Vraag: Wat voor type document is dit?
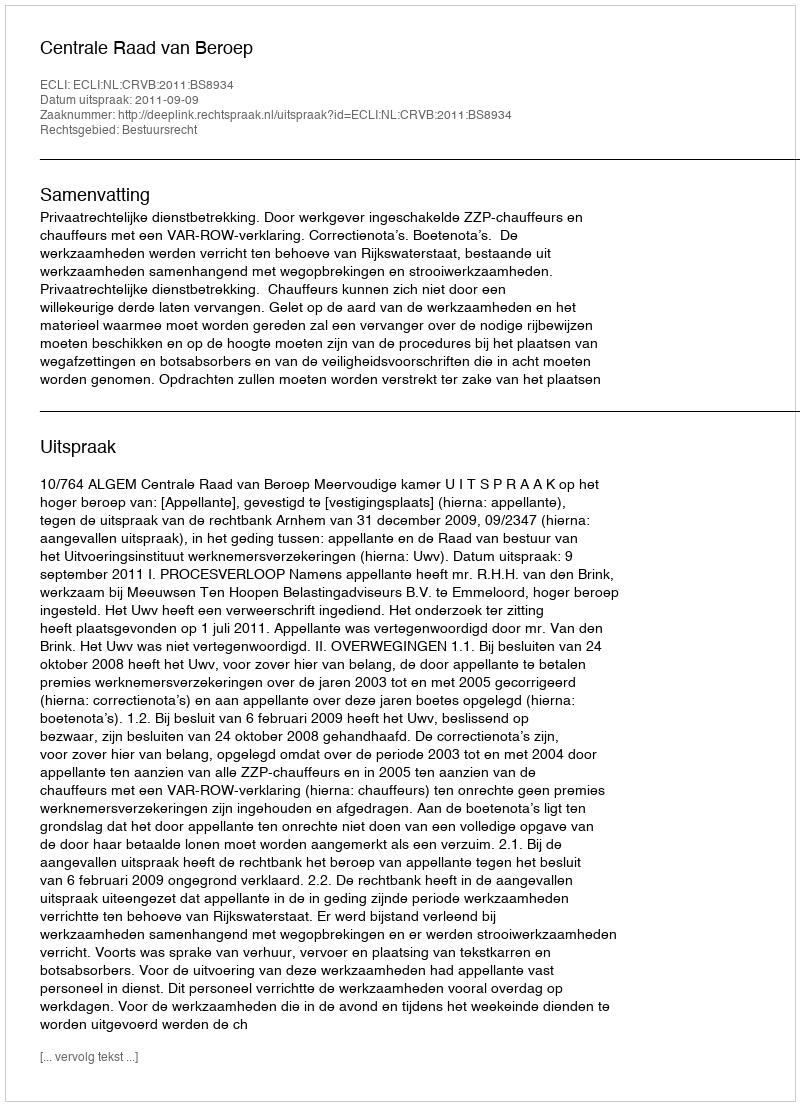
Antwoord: Uitspraak